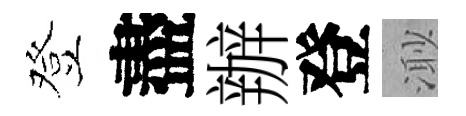
登盡辦登𣺌